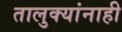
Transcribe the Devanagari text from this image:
तालुक्यांनाही